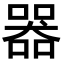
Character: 器